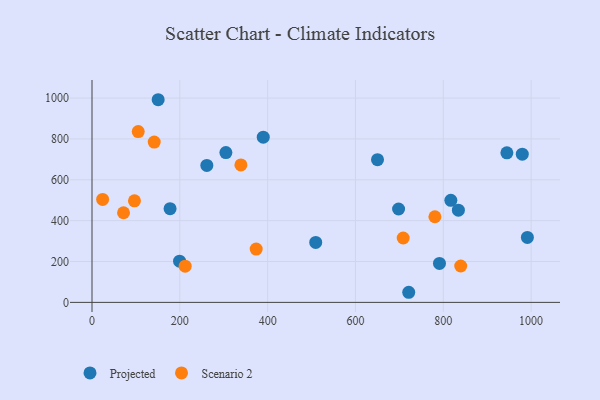
{"axis": {"x": "Ad Spend", "y": "Fuel Efficiency"}, "legend": ["Projected", "Scenario 2"], "data": [{"x": "390.0", "y": 808.4, "type": "Projected"}, {"x": "650.2", "y": 698.7, "type": "Projected"}, {"x": "150.7", "y": 991.9, "type": "Projected"}, {"x": "177.8", "y": 458.6, "type": "Projected"}, {"x": "944.8", "y": 732.1, "type": "Projected"}, {"x": "199.4", "y": 201.6, "type": "Projected"}, {"x": "698.2", "y": 457.1, "type": "Projected"}, {"x": "509.5", "y": 293.4, "type": "Projected"}, {"x": "304.9", "y": 733.2, "type": "Projected"}, {"x": "261.5", "y": 670.4, "type": "Projected"}, {"x": "991.5", "y": 317.9, "type": "Projected"}, {"x": "791.3", "y": 190.6, "type": "Projected"}, {"x": "979.9", "y": 725.2, "type": "Projected"}, {"x": "721.3", "y": 49.5, "type": "Projected"}, {"x": "817.2", "y": 499.5, "type": "Projected"}, {"x": "834.4", "y": 451.2, "type": "Projected"}, {"x": "780.9", "y": 419.1, "type": "Scenario 2"}, {"x": "105.3", "y": 835.9, "type": "Scenario 2"}, {"x": "96.7", "y": 496.9, "type": "Scenario 2"}, {"x": "141.7", "y": 784.6, "type": "Scenario 2"}, {"x": "373.9", "y": 261.1, "type": "Scenario 2"}, {"x": "339.1", "y": 673.0, "type": "Scenario 2"}, {"x": "839.7", "y": 178.0, "type": "Scenario 2"}, {"x": "24.2", "y": 503.9, "type": "Scenario 2"}, {"x": "71.8", "y": 438.8, "type": "Scenario 2"}, {"x": "212.2", "y": 177.2, "type": "Scenario 2"}, {"x": "708.7", "y": 315.1, "type": "Scenario 2"}]}